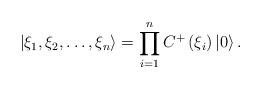
LaTeX: \begin{align*}\left| \xi _{1},\xi _{2},\ldots ,\xi _{n}\right\rangle =\prod_{i=1}^{n}C^{+}\left( \xi _{i}\right) \left| 0\right\rangle . \end{align*}